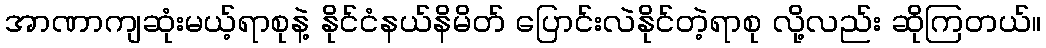
အာဏာကျဆုံးမယ့်ရာစုနဲ့ နိုင်ငံနယ်နိမိတ် ပြောင်းလဲနိုင်တဲ့ရာစု လို့လည်း ဆိုကြတယ်။